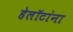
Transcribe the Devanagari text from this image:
हेलॉटांना